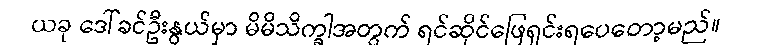
ယခု ဒေါ်ခင်ဦးနွယ်မှာ မိမိသိက္ခါအတွက် ရင်ဆိုင်ဖြေရှင်းရပေတော့မည်။